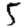
Digit: 5